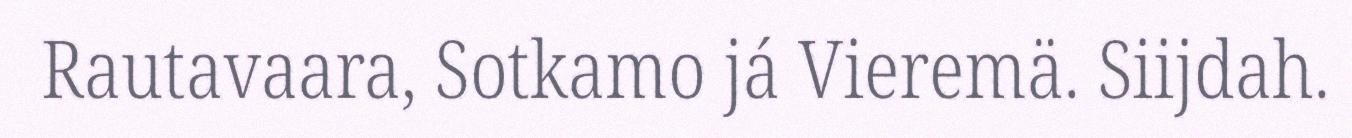
Rautavaara, Sotkamo já Vieremä. Siijdah.